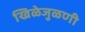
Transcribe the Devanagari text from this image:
खिळेजुळणी